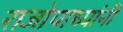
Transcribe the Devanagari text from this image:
राजोपाध्यांनी